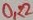
Text: 0,22